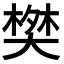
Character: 𬄀